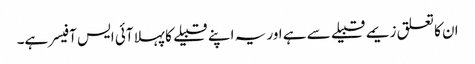
ان کا تعلق زیمے قبیلے سے ہے اور یہ اپنے قبیلے کا پہلا آئی ایس آفیسر ہے۔